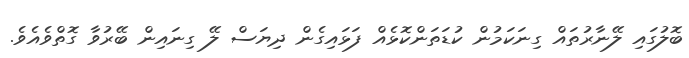
ބޮލުގައި ލޭނާރުތައް ގިނަކަމުން ކުޑަތަންކޮޅެއް ފަޅައިގެން ދިޔަސް ލޭ ގިނައިން ބޭރުވާ ގޮތްވެއެވެ.